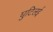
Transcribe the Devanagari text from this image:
घुटिलई